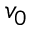
v _ { 0 }